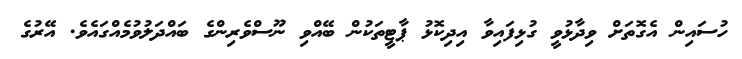
ހުސައިން އެގޮތަށް ވިދާޅުވީ ގުޅިފައިވާ އިދިކޮޅު ޕާޓީތަކުން ބޭއްވި ނޫސްވެރިންގެ ބައްދަލުވުމެއްގައެވެ. އޭރުގެ